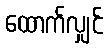
ထောက်လျှင်